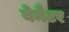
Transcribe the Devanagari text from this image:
बेनैटर